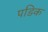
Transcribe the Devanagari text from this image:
पडिक